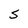
Character: S